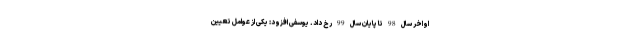
اواخر سال 98 تا پایان سال 99 رخ داد. یوسفی افزود: یکی از عوامل تعیین